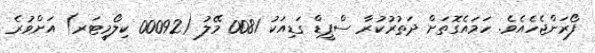
ފޯރަންޖެހެއެވެ. ހަމައެގޮތަށް ދަތުރުކުރާ ސްޕީޑް ގަޑިއަކު 0081 މޭލު (00092 ކިލޯމީޓަރ) އަށްވުރެ